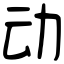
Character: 动